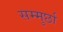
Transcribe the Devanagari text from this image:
सम्मुर्छा